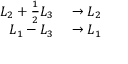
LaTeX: \begin{array} { r l } { L _ { 2 } + { \frac { 1 } { 2 } } L _ { 3 } } & { { } \to L _ { 2 } } \\ { L _ { 1 } - L _ { 3 } } & { { } \to L _ { 1 } } \end{array}